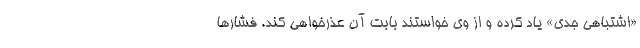
«اشتباهی جدی» یاد کرده و از وی خواستند بابت آن عذرخواهی کند. فشارها